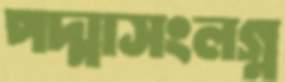
পদ্মাসংলগ্ন